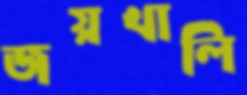
জয়খালি